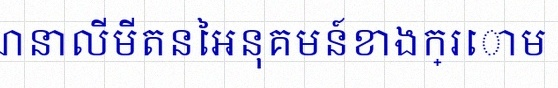
គណនាលីមីតនៃអនុគមន៍ខាងក្រោម